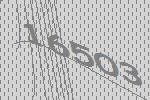
16503